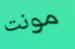
مونت